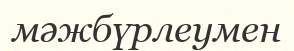
мәжбүрлеумен